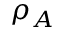
\rho _ { A }